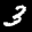
Label: 3